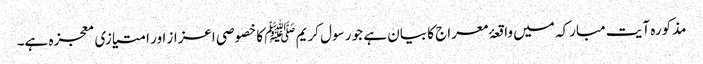
مذکورہ آیت مبارکہ میں واقعۂ معراج کا بیان ہے جو رسول کریم ﷺ کا خصوصی اعزاز اور امتیازی معجزہ ہے۔